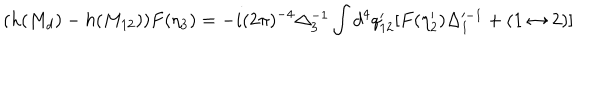
( h ( M _ { d } ) - h ( M _ { 1 2 } ) ) F ( \eta _ { 3 } ) = - i ( 2 \pi ) ^ { - 4 } \Delta _ { 3 } ^ { - 1 } \int d ^ { 4 } q _ { 1 2 } ^ { \prime } [ F ( \eta _ { 2 } ^ { \prime } ) \Delta _ { 1 } ^ { - 1 } + ( 1 \leftrightarrow 2 ) ]